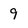
Character: 9